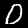
Label: 0